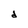
Character: d